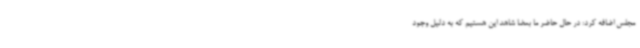
مجلس اضافه کرد: در حال حاضر ما بعضا شاهد این هستیم که به دلیل وجود